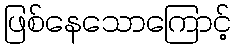
ဖြစ်နေသောကြောင့်